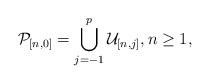
LaTeX: \begin{align*}\mathcal{P}_{[n,0]}=\bigcup_{j=-1}^{p}\mathcal{U}_{[n,j]},n\geq 1,\end{align*}